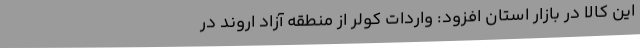
این کالا در بازار استان افزود: واردات کولر از منطقه آزاد اروند در